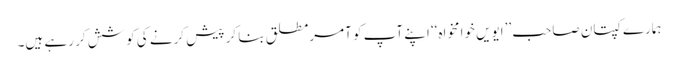
ہمارے کپتان صاحب ’’ایویں خوامخواہ‘‘ اپنے آپ کو آمرِمطلق بنا کر پیش کرنے کی کوشش کر رہے ہیں۔